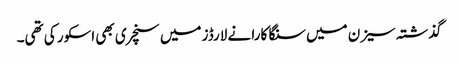
گذشتہ سیزن میں سنگا کارا نے لارڈز میں سنچری بھی اسکور کی تھی۔